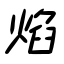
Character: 焰